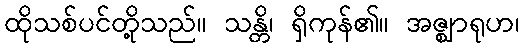
ထိုသစ်ပင်တို့သည်။ သန္တိ၊ ရှိကုန်၏။ အဇ္ဈာရုဟ၊